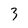
Character: 3